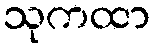
သုကထာ